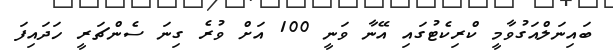
ބައިނަލްއަގުވާމީ ކްރިކެޓުގައި އޭނާ ވަނީ 100 އަށް ވުރެ ގިނަ ސެންޗަރީ ހަދައިފަ